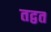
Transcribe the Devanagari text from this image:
तद्वत